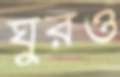
ঘুরও